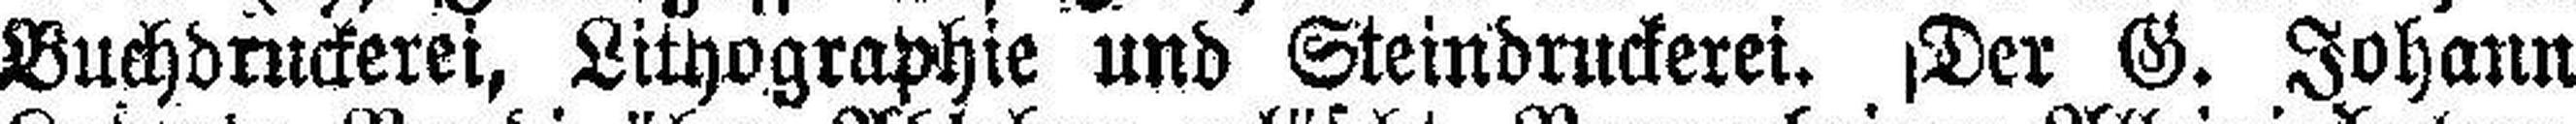
Buchdruckerei, Lithographie und Steindruckerei. Der G. Johann